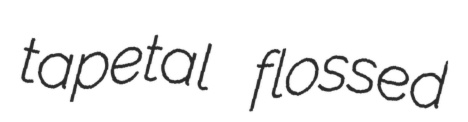
tapetal flossed